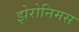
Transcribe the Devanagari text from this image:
झेरोनिमस